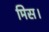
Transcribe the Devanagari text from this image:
मिस।